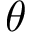
\theta